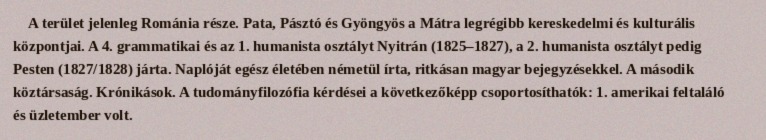
A terület jelenleg Románia része. Pata, Pásztó és Gyöngyös a Mátra legrégibb kereskedelmi és kulturális központjai. A 4. grammatikai és az 1. humanista osztályt Nyitrán (1825–1827), a 2. humanista osztályt pedig Pesten (1827/1828) járta. Naplóját egész életében németül írta, ritkásan magyar bejegyzésekkel. A második köztársaság. Krónikások. A tudományfilozófia kérdései a következőképp csoportosíthatók: 1. amerikai feltaláló és üzletember volt.